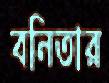
বনিতার